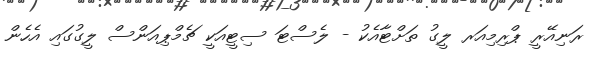
ރަނިއޭރީ ޕްރިމިއަރ ލީގު ތަށްޓާއެކު - ލެސްޓަ ސިޓީއަކީ ޗެމްޕިއަންސް ލީގުގައި އެހެން